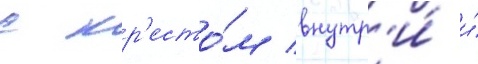
с кр'есто́м внутр'и́ и́